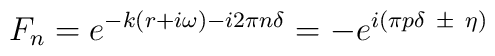
F_n = e^{-k(r+i\omega ) -i2\pi n\delta} = - e^{i(\pi p\delta \ \pm\ \eta)}